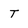
Character: T